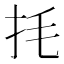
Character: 㧌